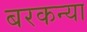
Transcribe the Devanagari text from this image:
बरकन्या